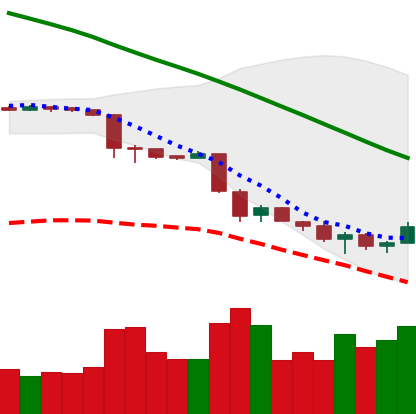
Ticker: ETH-USD
Chart end date: 2018-11-28
Forward return: -11.037%
Label: down_7plus